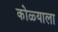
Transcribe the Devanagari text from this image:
कोळ्याला